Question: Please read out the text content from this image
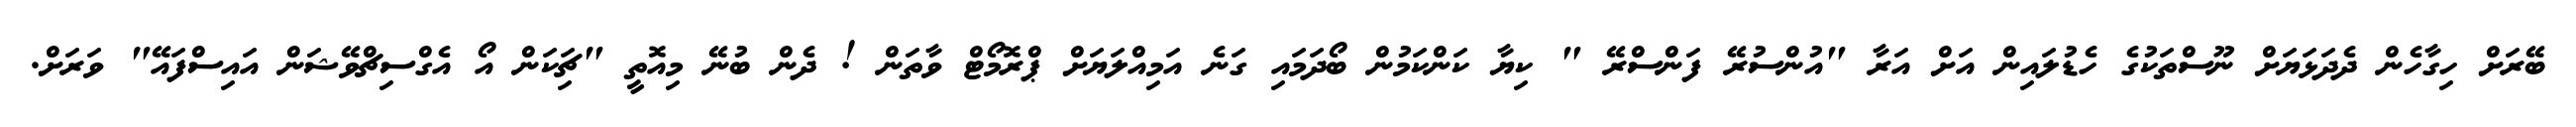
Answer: ބޭރަށް ހިގާހެން ދެދަޅަޔަށް ނޫސްތަކުގެ ހެޑުލައިން އަށް އަރާ "އުންސުރޭ ފަންސްރޭ " ކިޔާ ކަންކަމުން ބޯދަމައި ގަނެ އަމިއްލަޔަށް ޕްރޮމޯޓް ވާތަން ! ދެން ބުނޭ މިއޮތީ "ޗިަކަން އޯ އެގްސިޗްވޭޝަން އައިސްފައޭ" ވަރަށް.